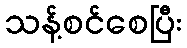
သန့်စင်စေပြီး